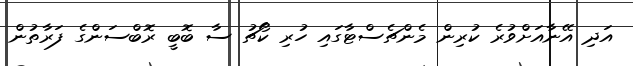
އަދި އޭނާއަށްވުރެ ކުރިން މެންޗެސްޓާގައި ހުރި ކޯޗު ސާ ބޮބީ ރޮބްސަންގެ ފަރާތުން